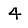
Digit: 4